Vaccination in Bombay 1889-1901 - 1889-1901
Year: 1889
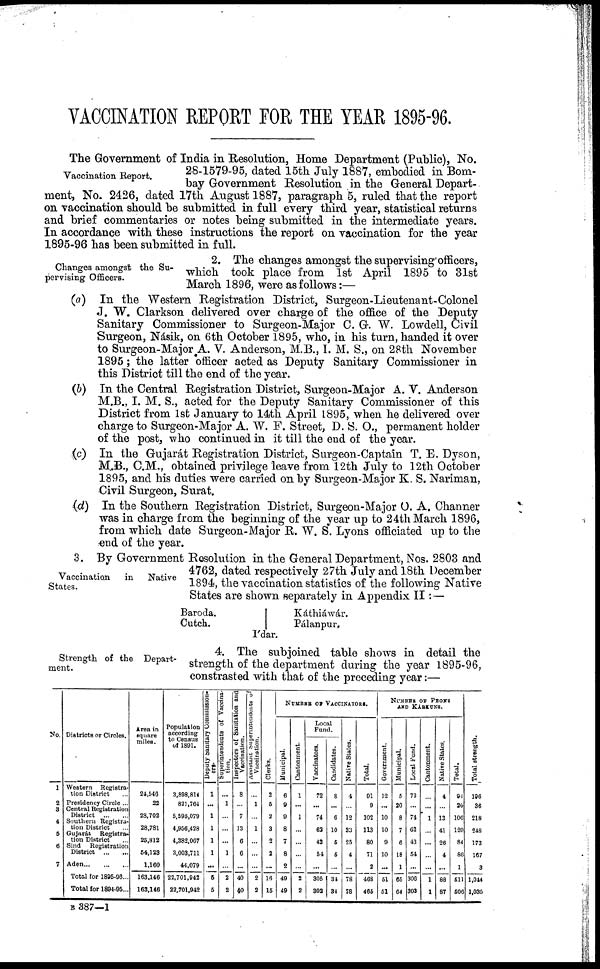
VACCINATION REPORT FOR THE YEAR 1895-96.
Vaccination Report.
The Government of India in Resolution, Home Department (Public), No.
28-1579-95, dated 15th July 1887, embodied in Bom-
bay Government Resolution in the General Depart-
ment, No. 2426, dated 17th August 1887, paragraph 5, ruled that the report
on vaccination should be submitted in full every third year, statistical returns
and brief commentaries or notes being submitted in the intermediate years.
In accordance with these instructions the report on vaccination for the year
1895-96 has been submitted in full.
Changes amongst the Su-
pervising Officers.
2. The changes amongst the supervising officers,
which took place from 1st April 1895 to 31st
March 1896, were as follows:—
(a) In the Western Registration District, Surgeon-Lieutenant-Colonel
J. W. Clarkson delivered over charge of the office of the Deputy
Sanitary Commissioner to Surgeon-Major C. G. W. Lowdell, Civil
Surgeon, Násik, on 6th October 1895, who, in his turn, handed it over
to Surgeon-Major A. V. Anderson, M.B., I. M. S., on 28th November
1895; the latter officer acted as Deputy Sanitary Commissioner in
this District till the end of the year.
(b) In the Central Registration District, Surgeon-Major A. V. Anderson
M.B., I. M. S., acted for the Deputy Sanitary Commissioner of this
District from 1st January to 14th April 1895, when he delivered over
charge to Surgeon-Major A. W. F. Street, D. S. O., permanent holder
of the post, who continued in it till the end of the year.
(c) In the Gujarát Registration District, Surgeon-Captain T. E. Dyson,
M.B., C.M., obtained privilege leave from 12th July to 12th October
1895, and his duties were carried on by Surgeon-Major K. S. Nariman,
Civil Surgeon, Surat.
(d) In the Southern Registration District, Surgeon-Major O. A. Channer
was in charge from the beginning of the year up to 24th March 1896,
from which date Surgeon-Major R. W. S. Lyons officiated up to the
end of the year.
Vaccination in Native
States.
3. By Government Resolution in the General Department, Nos. 2803 and
4762, dated respectively 27th July and 18th December
1894, the vaccination statistics of the following Native
States are shown separately in Appendix II: —
Baroda.
Cutch.
Káthiáwár.
Pálanpur.
Ídar.
Strength of the Depart-
ment.
4. The subjoined table shows in detail the
strength of the department during the year 1895-96,
constrasted with that of the preceding year:—
No.
1
2
3
4
5
6
7
Districts or Circles.
Western
Registra-
tion District ...
Presidency Circle ...
Central Registration
District
...
...
Southern Registra-
tion District ...
Gujarát
Registra-
tion District ...
Sind
Registration
District
...
...
Aden...
...
...
Total for 1895-96...
Total for 1894-05...
Area in
square
miles.
24,546
22
28,702
28,781
25,812
54,123
1,160
163,146
163,146
Population
according
to Census
of 1891.
3,898,814
821,764
5,595,079
4,956,428
4,382,067
3,003,711
44,079
22,701,942
22,701,942
Deputy Sanitary Commission¬
ers.
1
...
1
1
1
1
...
5
5
Superintendents of Vaccina-
tion.
...
1
...
...
...
1
...
2
2
Inspectors of Sanitation and
Vaccination.
8
...
7
13
6
6
...
40
40
Assistant Superintendents
of
Vaccination.
...
1
...
1
...
...
...
2
2
Clerks.
2
5
2
3
2
2
...
16
15
NUMBER OF VACCINATORS.
Municipal.
6
9
9
8
7
8
2
49
49
Cantonment.
1
...
1
...
...
...
...
2
2
Local
Fund.
Vaccinators.
72
...
74
62
43
54
...
305
302
Candidates.
8
...
6
10
5
5
...
34
34
Native States.
4
...
12
33
25
4
...
78
78
Total.
91
9
102
113
80
71
2
468
465
NUMBER OF PEONS
AND KÁRKUNS.
Government.
12
...
10
10
9
10
...
51
51
Municipal.
5
20
8
7
6
18
1
65
64
Local Fund.
73
...
74
62
43
54
...
306
303
Cantonment.
...
...
1
...
...
...
...
1
1
Native States.
4
...
13
41
26
4
...
88
87
Total.
94
20
106
120
84
86
1
511
506
Total strength.
196
36
218
248
173
167
3
1,044
1,035
B 387—1